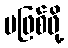
မဖြစ်ဖို့